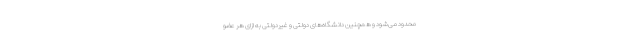
محدود می‌شود و همچنین دانشگاه‌های دولتی و غیردولتی به ازای هر عضو